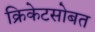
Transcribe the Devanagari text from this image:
क्रिकेटसोबत